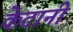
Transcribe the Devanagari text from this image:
केटानी